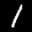
Label: 1